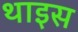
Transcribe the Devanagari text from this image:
थाइस